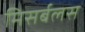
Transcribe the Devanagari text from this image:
मिसर्बलस